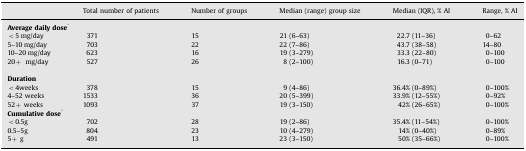
|  | Total number of patients | Number of groups | Median (range) group size | Median (IQR), % AI | Range, % AI |
 | --- | --- | --- | --- | --- | --- |
 | <COLSPAN=6> Average daily dose* |
 | <5 mg/day | 371 | 15 | 21 (6–63) | 22.7 (11–36) | 0–62 |
 | 5–10 mg/day | 703 | 22 | 22 (7–86) | 43.7 (38–58) | 14–80 |
 | 10–20 mg/day | 623 | 16 | 19 (3–279) | 33.3 (22–80) | 0–100 |
 | 20+mg/day | 527 | 26 | 8 (2–100) | 16.3 (0–71) | 0–100 |
 | <COLSPAN=6> Duration |
 | <4weeks | 378 | 15 | 9 (4–86) | 36.4% (0–89%) | 0–100% |
 | 4–52 weeks | 1533 | 36 | 20 (5–399) | 33.9% (12–55%) | 0–92% |
 | 52+ weeks | 1093 | 37 | 19 (3–150) | 42% (26–65%) | 0–100% |
 | <COLSPAN=6> Cumulative dose* |
 | <0.5g | 702 | 28 | 19 (2–86) | 35.4% (11–54%) | 0–100% |
 | 0.5–5g | 804 | 23 | 10 (4–279) | 14% (0–40%) | 0–89% |
 | 5+ g | 491 | 13 | 23 (3–150) | 50% (35–66%) | 0–100% |